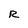
Character: R